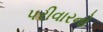
પરીવારનો